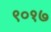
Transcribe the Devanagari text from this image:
९०१७